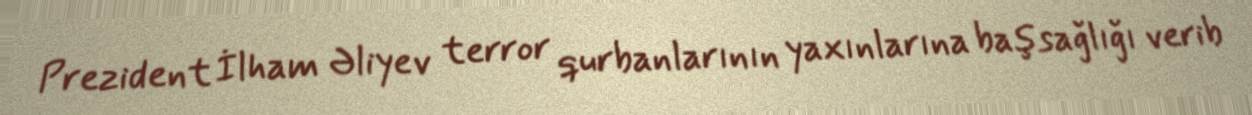
Prezident İlham Əliyev terror qurbanlarının yaxınlarına başsağlığı verib